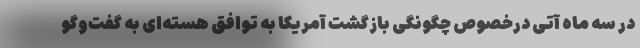
در سه ماه آتی درخصوص چگونگی بازگشت آمریکا به توافق هسته‌ای به گفت‌وگو